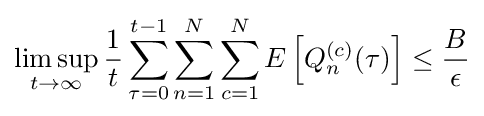
\limsup _{t\rightarrow \infty }{\frac {1}{t}}\sum _{\tau =0}^{t-1}\sum _{n=1}^{N}\sum _{c=1}^{N}E\left[Q_{n}^{(c)}(\tau )\right]\leq {\frac {B}{\epsilon }}